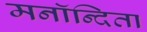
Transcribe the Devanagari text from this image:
मनॉन्दिता